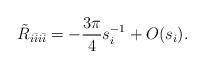
LaTeX: \begin{align*}\tilde R_{i\bar i i \bar i}=-\frac{3\pi}{4}s_{i}^{-1}+O(s_{i}).\end{align*}